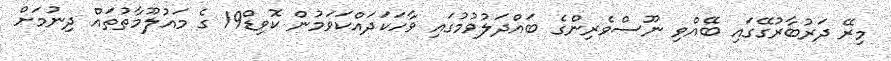
މިރޭ ދަރުބާރުގޭގައި ބޭއްވި ނޫސްވެރިންގެ ބައްދަލުވުމުގައި ވާހަކަދައްކަވަމުން ކޮވިޑް19 ގެ މައުލޫމާތުތައް ދިނުމަށް